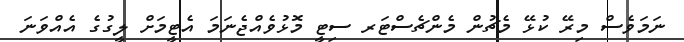
ނަމަވެސް މިރޭ ކުޅޭ މެޗުން މެންޗެސްޓަރ ސިޓީ މޮޅުވެއްޖެނަމަ އެޓީމަށް ލީގުގެ އެއްވަނަ